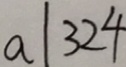
a \vert 3 2 4